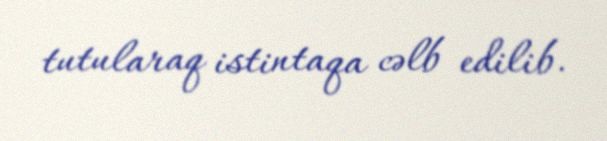
tutularaq istintaqa cəlb edilib.